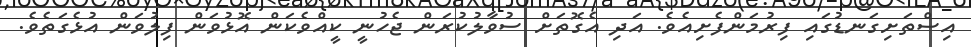
އިސްތަށިގަނޑުގައި ފިރުމަންފެށިއެވެ. އަދި އެގޮތަށް ސުވާލުކުރަން ޖެހުނީ ކީއްވެކަން އޮޅުވަން ފިލުވަން އުޅެގަތެވެ.